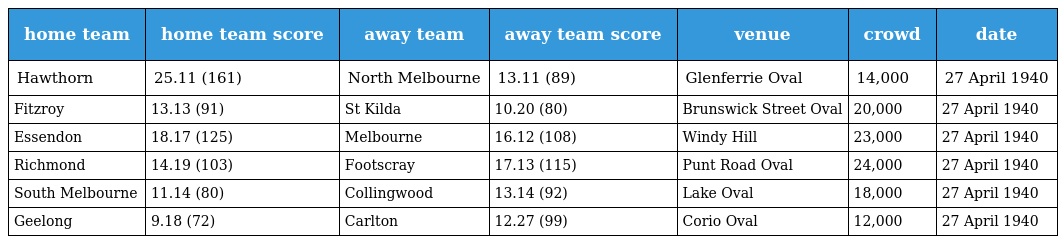
| home team | home team score | away team | away team score | venue | crowd | date |
 | --- | --- | --- | --- | --- | --- | --- |
 | Hawthorn | 25.11 (161) | North Melbourne | 13.11 (89) | Glenferrie Oval | 14,000 | 27 April 1940 |
 | Fitzroy | 13.13 (91) | St Kilda | 10.20 (80) | Brunswick Street Oval | 20,000 | 27 April 1940 |
 | Essendon | 18.17 (125) | Melbourne | 16.12 (108) | Windy Hill | 23,000 | 27 April 1940 |
 | Richmond | 14.19 (103) | Footscray | 17.13 (115) | Punt Road Oval | 24,000 | 27 April 1940 |
 | South Melbourne | 11.14 (80) | Collingwood | 13.14 (92) | Lake Oval | 18,000 | 27 April 1940 |
 | Geelong | 9.18 (72) | Carlton | 12.27 (99) | Corio Oval | 12,000 | 27 April 1940 |